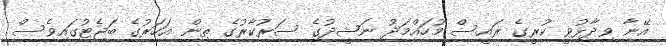
އޭނާ ވިދާޅުވީ ކުރީގެ ރައީސް މުހައްމަދު ނަޝީދުގެ ސަރުކާރުގެ ތިން އަހަރުގެ ބަޖެޓުގައިވެސް